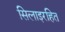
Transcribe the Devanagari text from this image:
सिलाइरहित